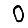
Digit: 0